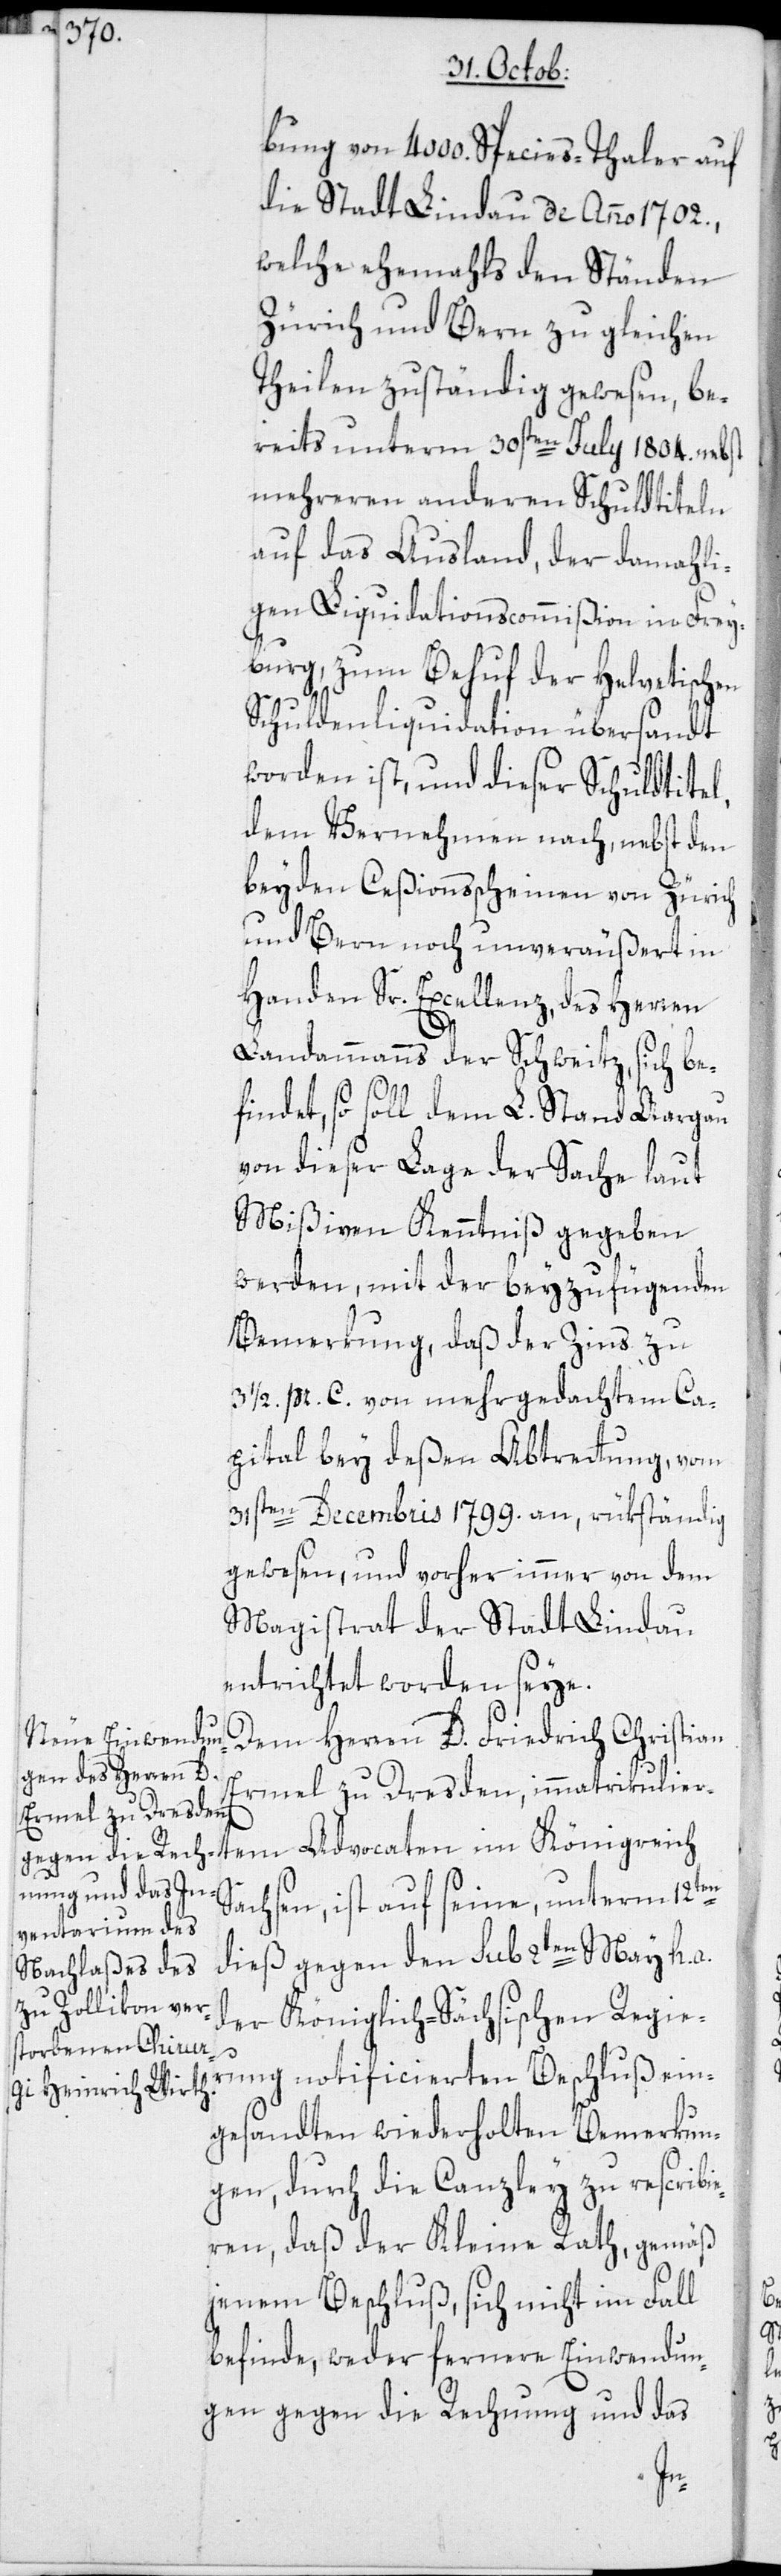
bung von 4000. Species-Thaler auf
die Stadt Lindau de Anno 1702.,
welche ehemahls den Ständen
Zürich und Bern zu gleichen
Theilen zuständig gewesen, be¬
reits unterm 30sten July 1804. nebst
mehreren anderen Schuldtiteln
auf das Ausland, der damahli¬
gen Liquidationscommißion in Frey¬
burg, zum Behuf der Helvetischen
Schuldenliquidation übersandt
worden ist, und dieser Schuldtitel,
dem Vernehmen nach, nebst den
beyden Ceßionsscheinen von Zürich
und Bern noch unveräußert in
Handen Sr. Excellenz, des Herren
Landammanns der Schweitz, sich be¬
findet, so soll dem L. Stand Aargau
von dieser Lage der Sache laut
Mißiven Kenntniß gegeben
werden, mit der beyzufügenden
Bemerkung, daß der Zins zu
3 1/2 pr. C. von mehrgedachtem Ca¬
pital bey deßen Abtrettung, vom
31sten Decembris 1799. an, rükständig
gewesen, und vorher immer von dem
Magistrat der Stadt Lindau
entrichtet worden seye.
Dem Herren D. Friedrich Christian
Ermel zu Dresden, immatrikulier¬
tem Advocaten im Königreich
Sachsen, ist auf seine, unterm 12ten
dieß gegen den sub 2ten May h. a.
der Königlich-Sächsischen Regie¬
rung notificierten Beschluß ein¬
gesandten wiederholten Bemerkun¬
gen, durch die Canzley zu rescribi¬
eren, daß der Kleine Rath, gemäß
jenem Beschluß, sich nicht im Fall
befinde, weder fernere Einwendun¬
gen gegen die Rechnung und das